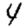
Digit: 4